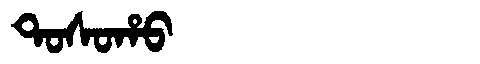
Manchu: ᡨᠣᠰᠣᡥᠣ
Romanization: TOSOHO